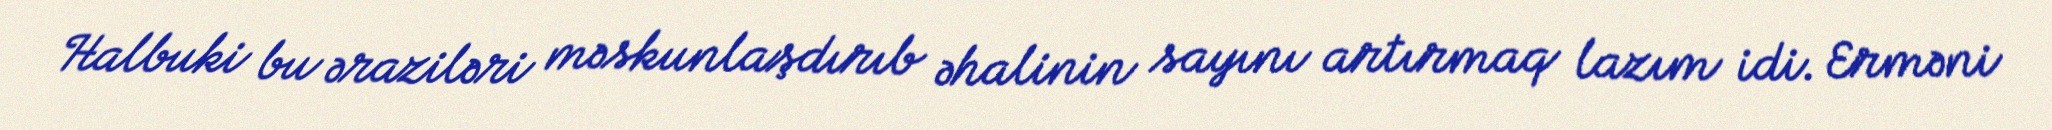
Halbuki bu əraziləri məskunlaşdırıb əhalinin sayını artırmaq lazım idi. Erməni